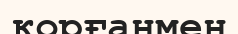
қорғанмен